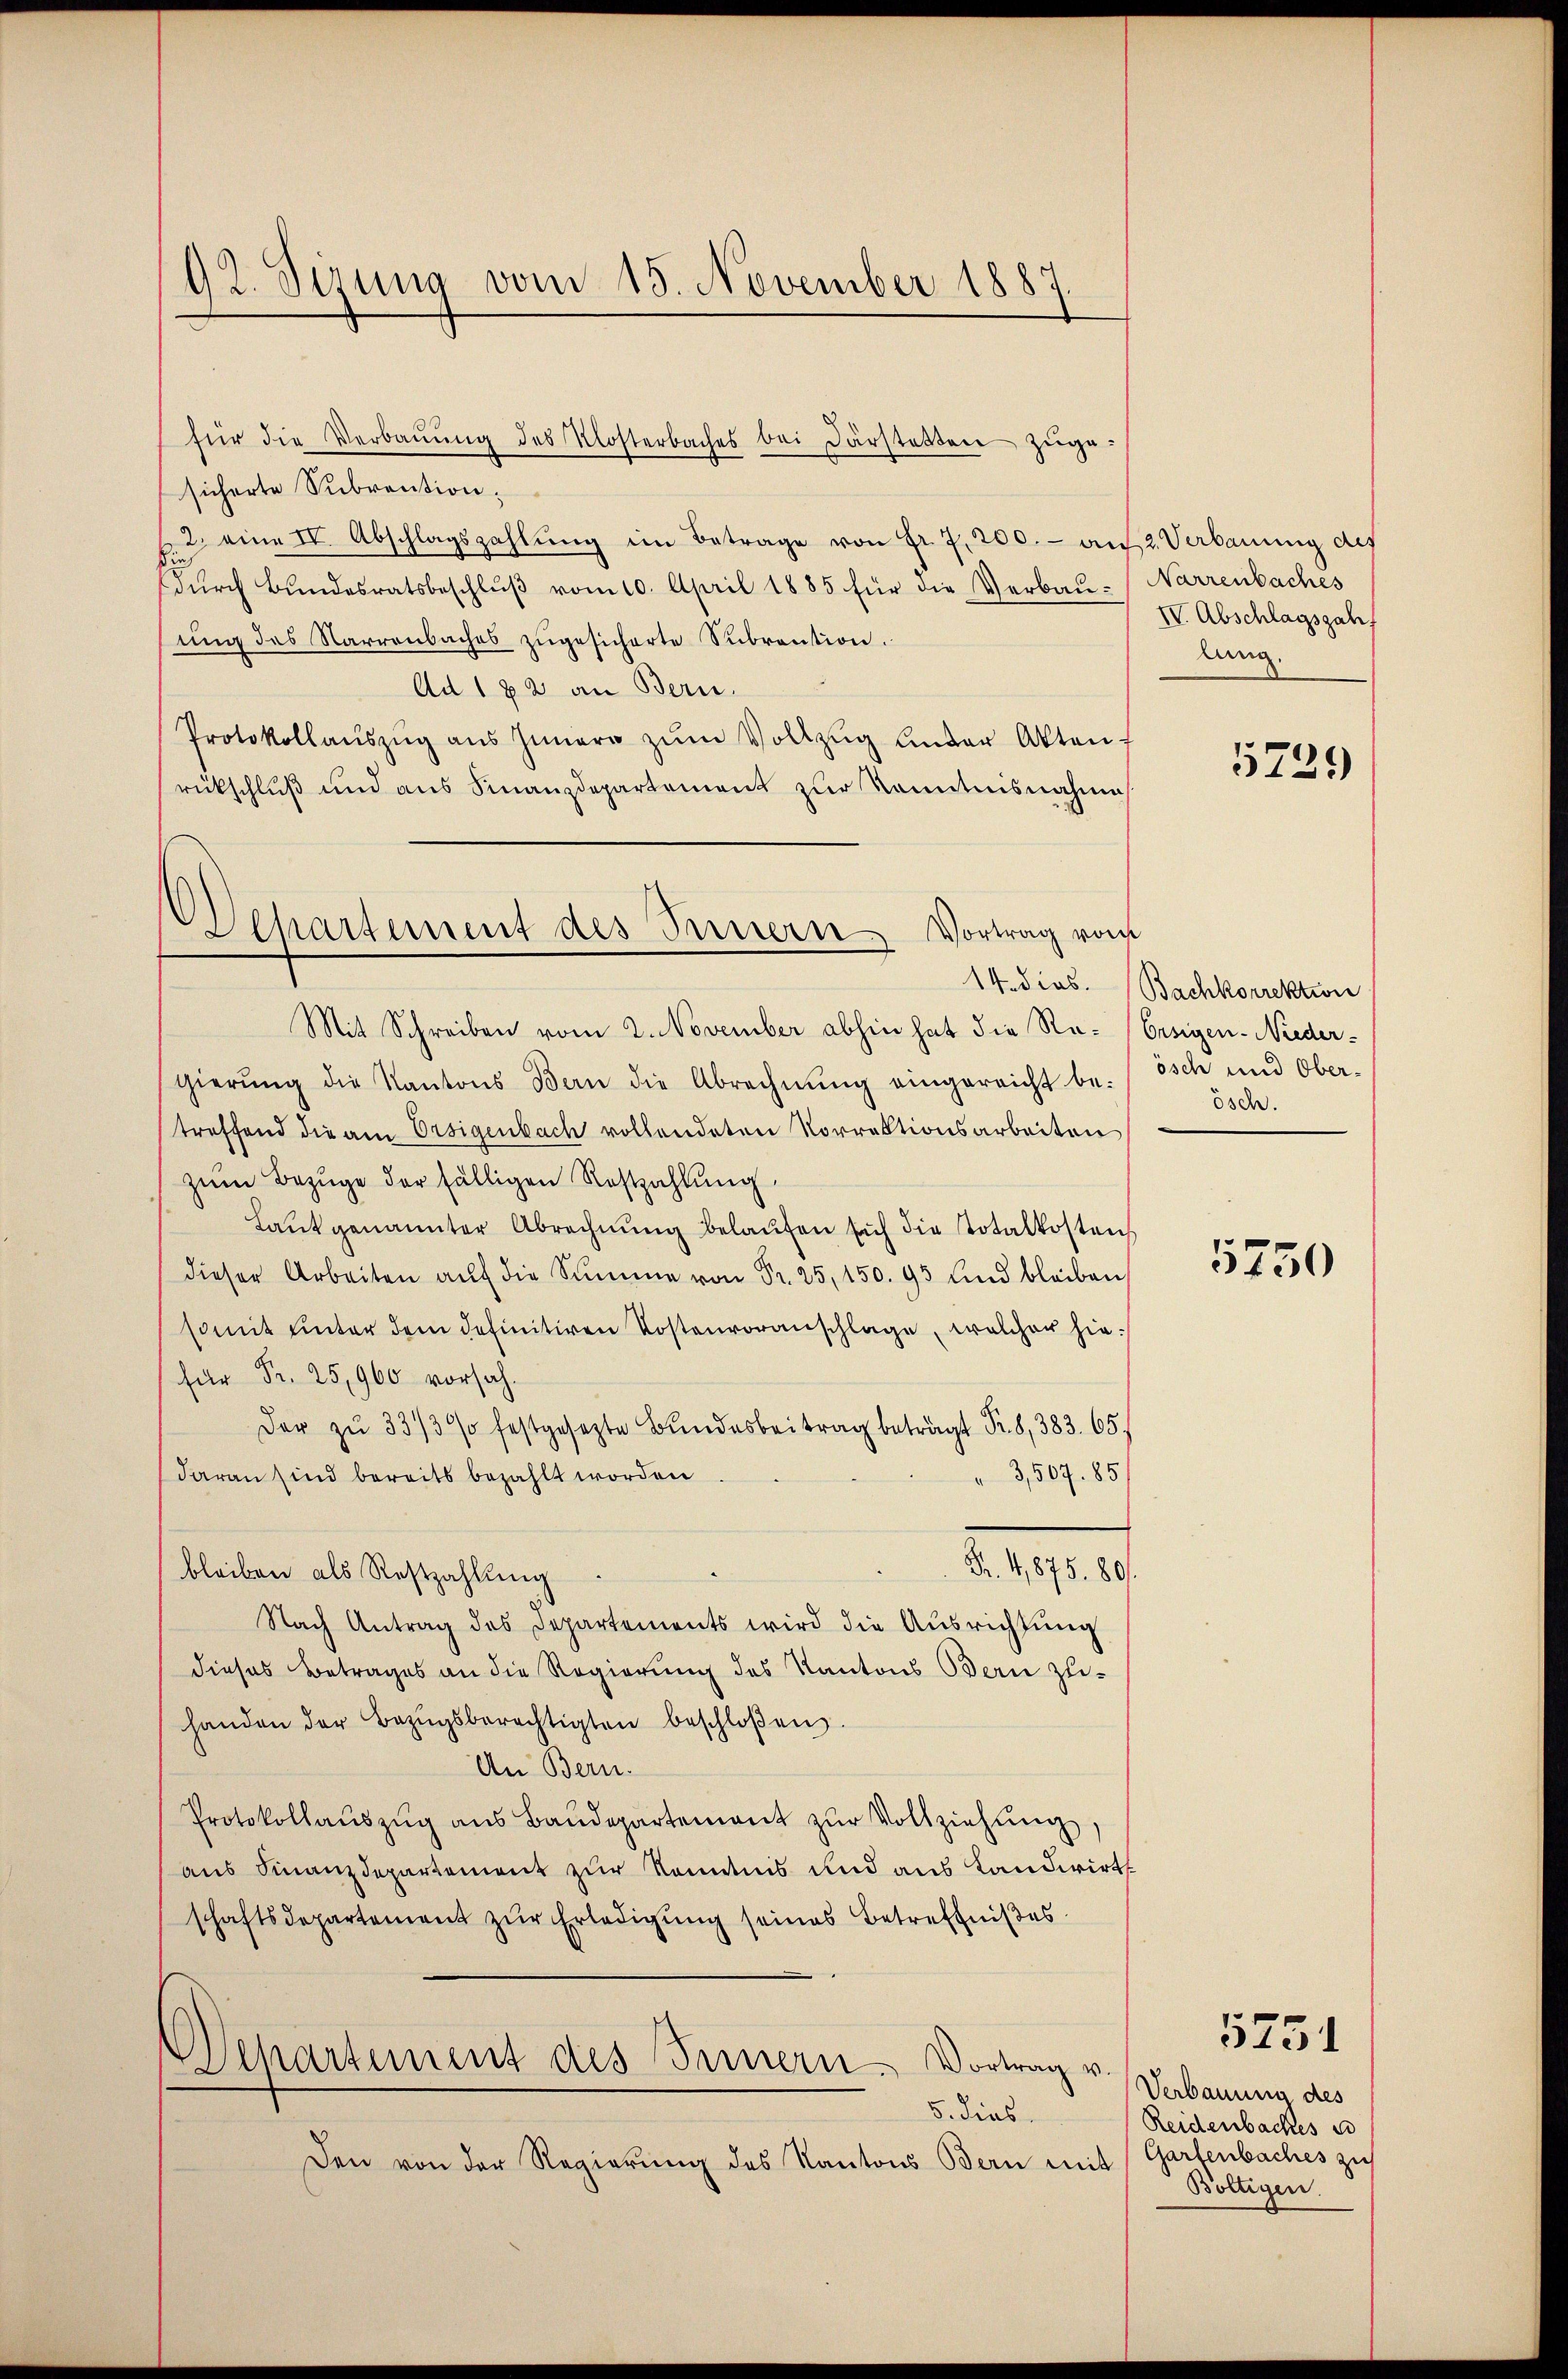
92. Sirung vom 15. November 1887.

Departement des Fernern Vortrag vom
14. dies.

für die Verbaŭŭng des Klosterbaches bei Darstatten zugesicherte Subvention,
12. eine IV. Abschlagszahlŭng im Betrage von Fr. 7. 200.- aŭf 2. Verbauung des
dŭrch Bŭndesratsbeschlŭβ vom 10. April 1885 für die Verbau-
ŭng des Narrenbaches zŭgesicherte Sŭbrention.
Ad 182 an Bern.
Protokollaŭszŭg aŭs Innern zŭm Vollzŭg ander Akten,
rückschluß und aus Finanzdepartement zur Kenntnisnahme
Mit Schreiben vom 2. November abhin hat die Regierŭng die Kantons Bern die Abrechnŭng eingereicht be-
treffend die am Orsigenbach vollendeten Vorrektionsarbeiten
zŭm Bezüge der fälligen Restzahlŭng
Laŭt genannter Abrechnŭng belaŭfen sich die totalkosten,
dieser Arbeiten aŭf die Summe von Fr. 25, 150. 95 und bleiben
somit unter dem definitiven Kostenvoranschlage, welcher hiefür Fr. 25,960 vorsah.
Der zu 33/3% festgesetzte Bundesbeitrag beträgt Fr. 8, 383. 65.
3,507. 85.
daran sind bereits bezahlt worden
Fr. 4, 875. 801.
bleiben als Restzahlung
Nach Antrag des Departements wird die Ausrichtung
dieses Betrages an die Regierung des Kantons Bern zuhanden der Bezŭgsberechtigten beschloßen.
An Bern.
Protokollaŭszŭg ans Baŭdepartement zŭr Vollziehung,
aus Finanzdepartement zur Kenntnis und aus Landwirth
schaftsdepartement zŭr Erledigung seines Betreffnißes
Departement des Innern. Vortrag v.
5. dies
Den von der Regierung des Kantons Bern mit

Narrenbaches
IV. Abschlagszahf
lung.

5739

Bachkorrektion
Ersigen-Nieder.
ösch und Ober-
ösch.

5750

Verbauung des
Reidenbaches e
Gartenbaches zu
Böltigen.

5751